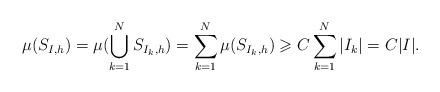
LaTeX: \begin{align*} \mu(S_{I,h})=\mu(\bigcup_{k=1}^N S_{I_k,h})=\sum_{k=1}^N \mu(S_{I_k,h})\geqslant C \sum_{k=1}^N |I_k| = C |I|.\end{align*}